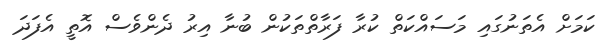
ކަމަށް އެތަނުގައި މަސައްކަތް ކުރާ ފަރާތްތަކުން ބުނާ އިރު ދެންވެސް އޮތީ އެފަދަ